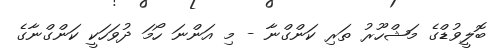
ބޮލީވުޑްގެ މަޝްހޫރު ތަރި ކަންގްނާ - މި އަންނަ ހޯމަ ދުވަހަކީ ކަންގްނާގެ